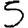
Digit: 5